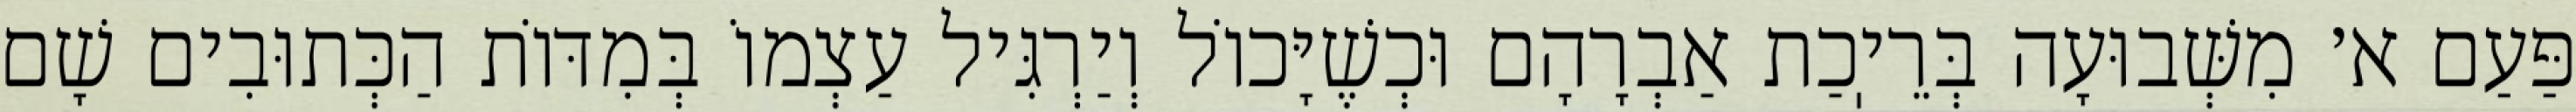
פַּעַם א׳ מִשְּׁבוּעָה בְּרֵיֽכַת אַבְרָהָם וּכְשֶׁיָּכוֹל וְיַרְגִּיל עַצְמוֹ בְּמִדּוֹת הַכְּתוּבִים שָׁם